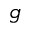
_ g